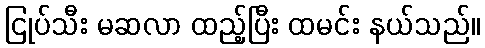
ငြုပ်သီး မဆလာ ထည့်ပြီး ထမင်း နယ်သည်။